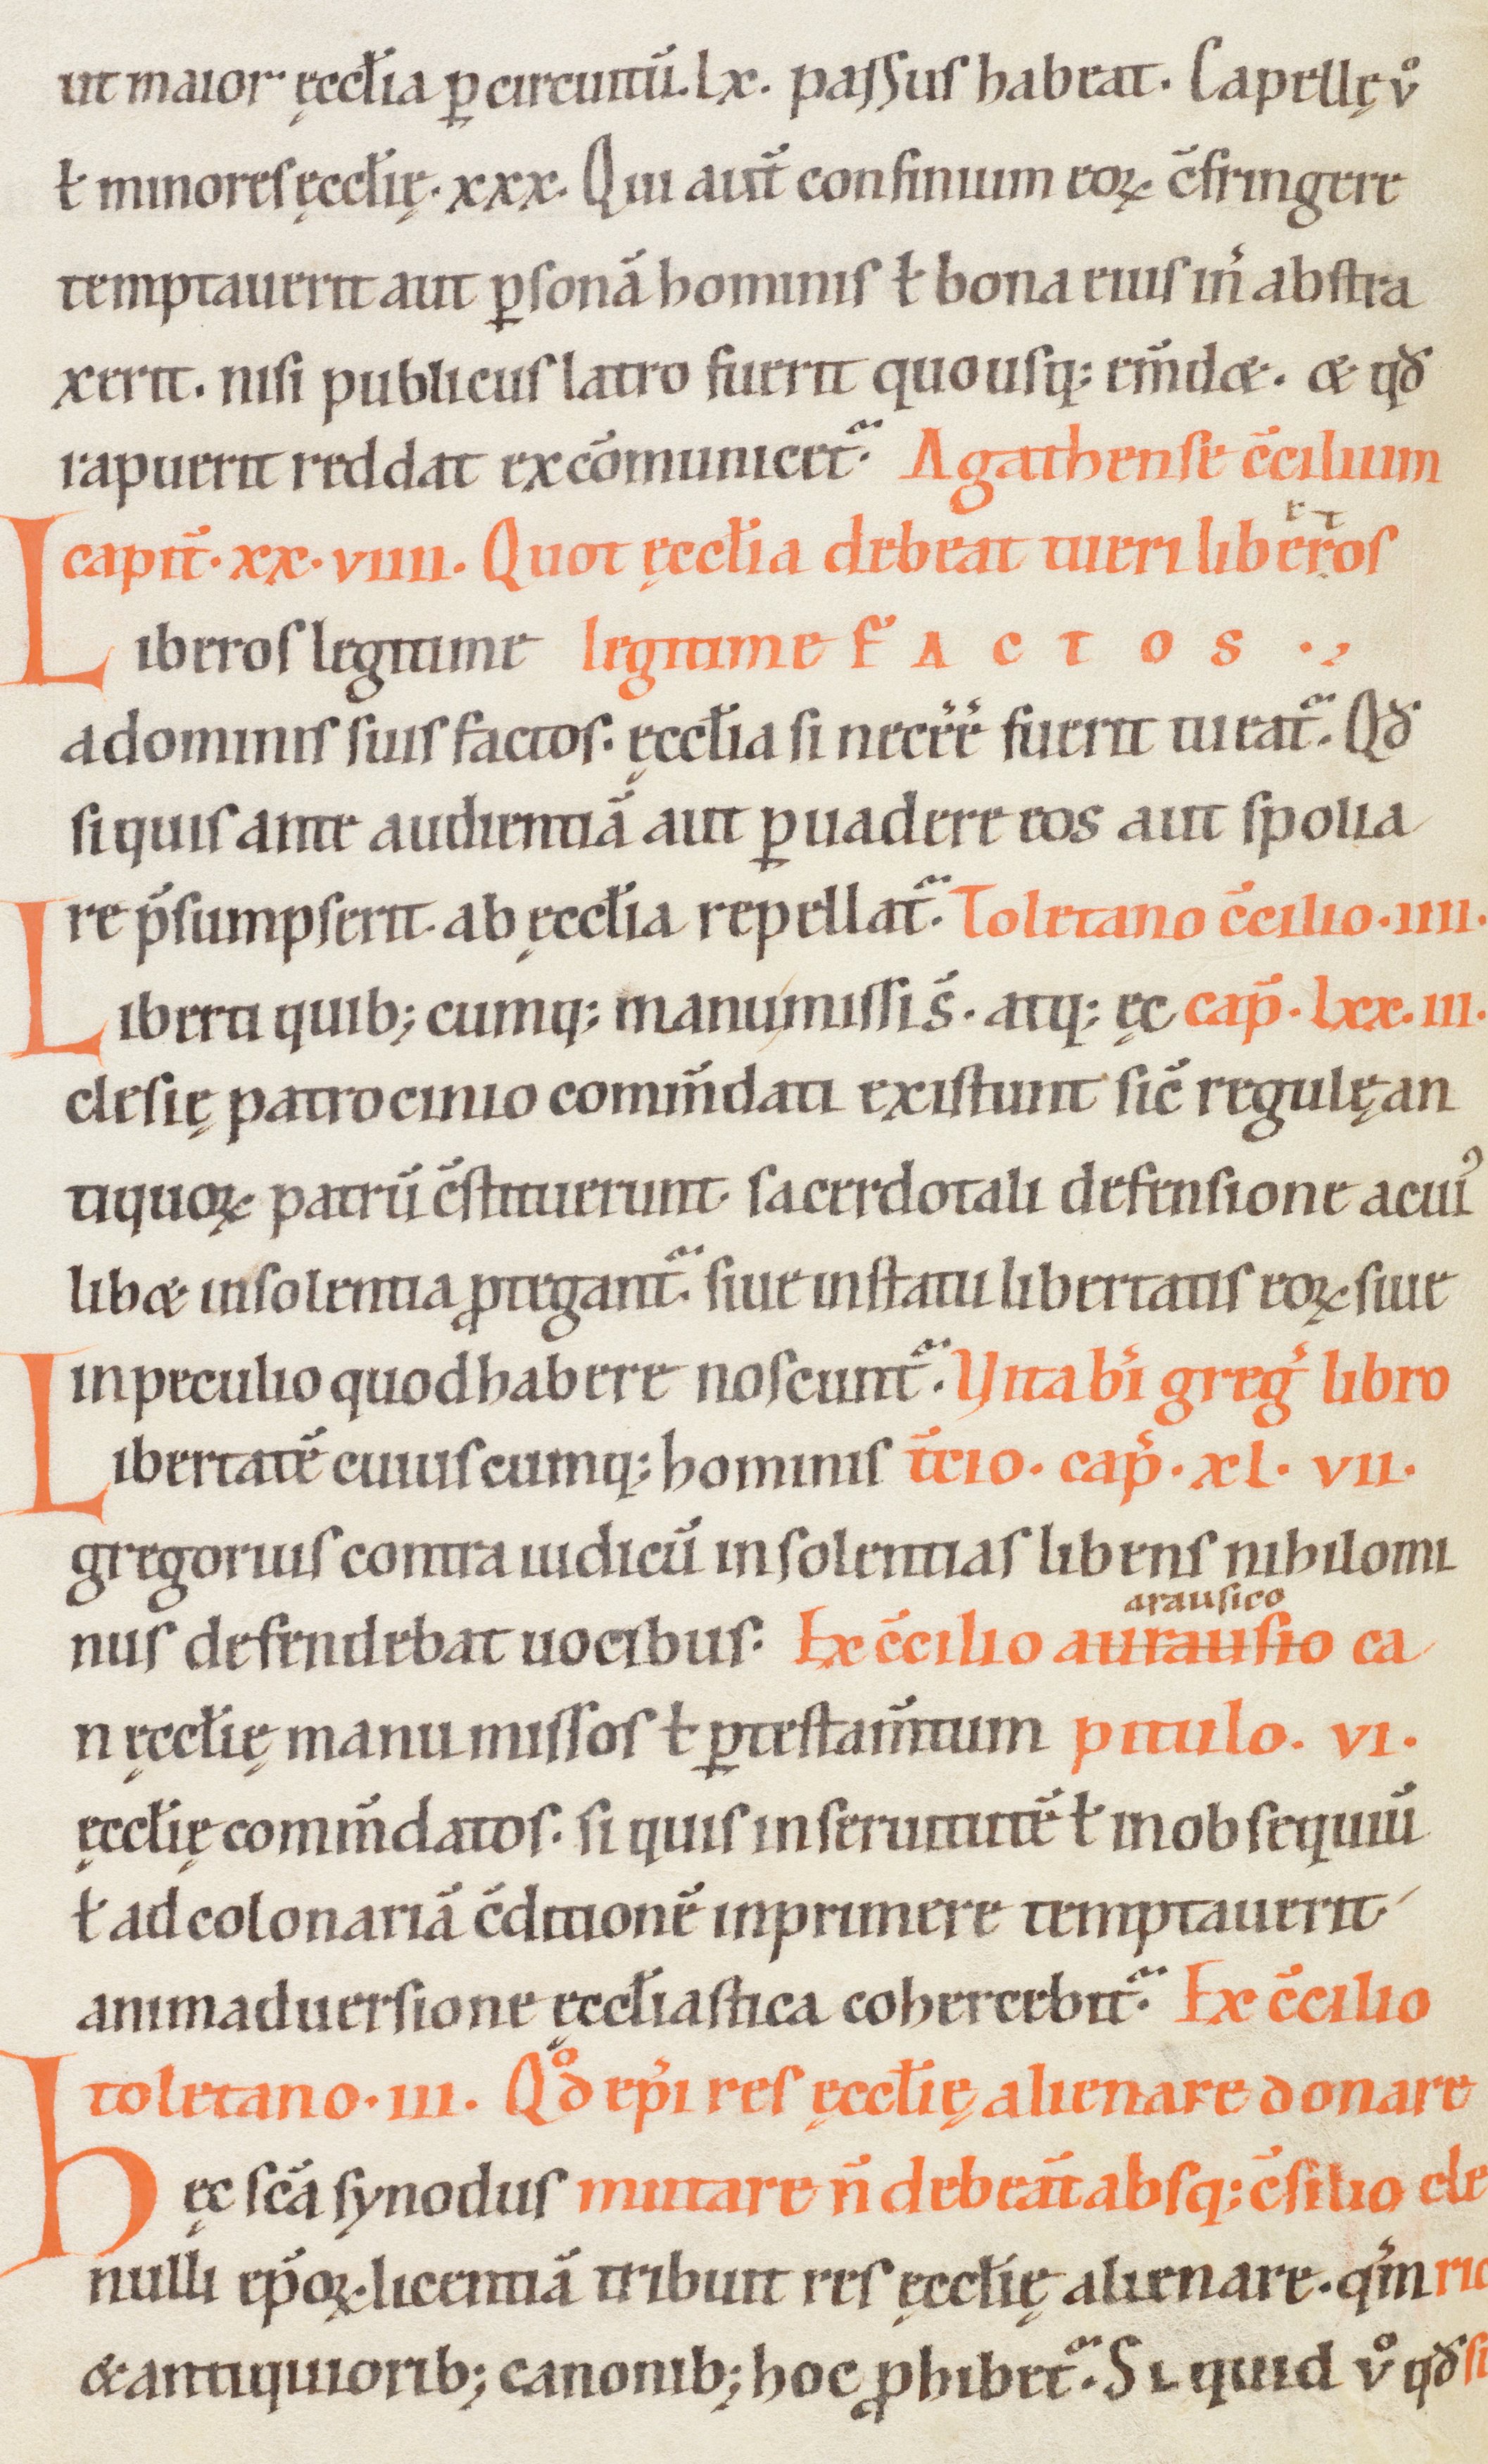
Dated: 1100–1199